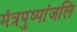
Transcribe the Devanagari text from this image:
मंत्रपुष्पांजलि